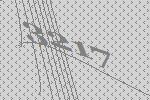
3217